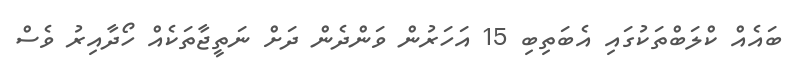
ބައެއް ކްލަބްތަކުގައި އެބަތިބި 15 އަހަރުން ވަންދެން ދަށް ނަތީޖާތަކެއް ހޯދާއިރު ވެސް